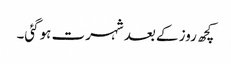
کچھ روز کے بعد شہرت ہوگئی۔